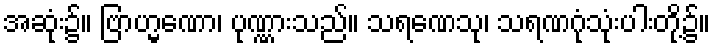
အဆုံး၌။ ဗြာဟ္မဏော၊ ပုဏ္ဏားသည်။ သရဏေသု၊ သရဏဂုံသုံးပါးတို့၌။